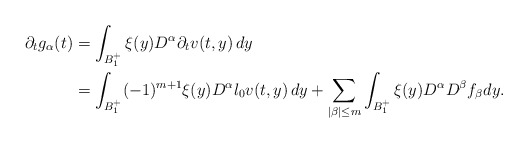
\begin{align*}\partial_tg_\alpha(t)&=\int_{B^+_1}\xi(y)D^\alpha\partial_t {v}(t,y)\,dy\\&=\int_{B^+_1}(-1)^{m+1}\xi(y)D^\alpha\l_0{v}(t,y)\,dy+\sum_{|\beta|\le m}\int_{B^+_1}\xi(y)D^\alpha D^\beta f_\beta dy.\end{align*}